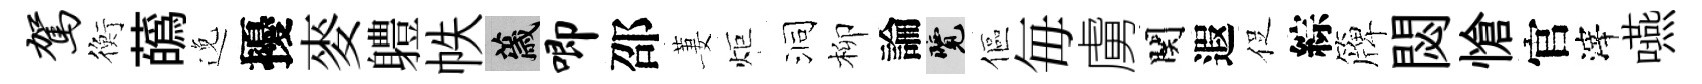
驾衡蘤𨓜擾麥軆帙薉唧邵萋炬洞柳論覽傴毎虜関遐促綜簰閟愴官滓嚥